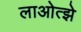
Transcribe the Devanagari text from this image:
लाओत्झे